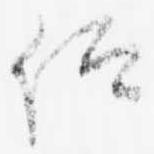
仰